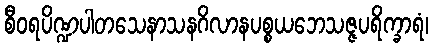
စီဝရပိဏ္ဍပါတသေနာသနဂိလာနပစ္စယဘေသဇ္ဇပရိက္ခာရံ၊